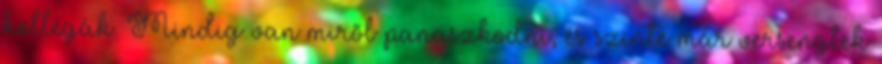
kollégák. Mindig van miről panaszkodni, és szinte már versengtek